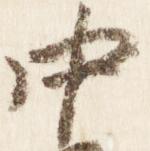
中